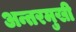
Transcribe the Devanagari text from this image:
अन्तरमुखी